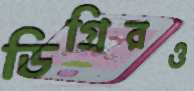
ডিগ্রিরও